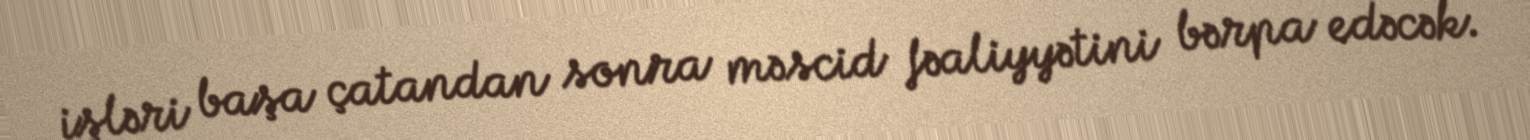
işləri başa çatandan sonra məscid fəaliyyətini bərpa edəcək.